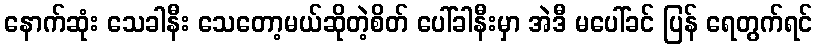
နောက်ဆုံး သေခါနီး သေတော့မယ်ဆိုတဲ့စိတ် ပေါ်ခါနီးမှာ အဲဒီ မပေါ်ခင် ပြန် ရေတွက်ရင်